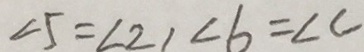
\angle 5 = \angle 2 , \angle 6 = \angle C